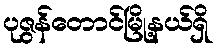
ပုဇွန်တောင်မြို့နယ်ရှိ